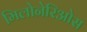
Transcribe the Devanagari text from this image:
मिलोनेरिओस